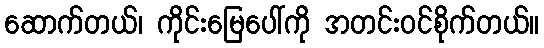
ဆောက်တယ်၊ ကိုင်းမြေပေါ်ကို အတင်းဝင်စိုက်တယ်။